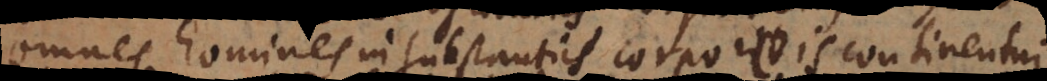
omnes homines in substantiis corporeis continentur.